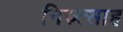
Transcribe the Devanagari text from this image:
निस्र्त्साह